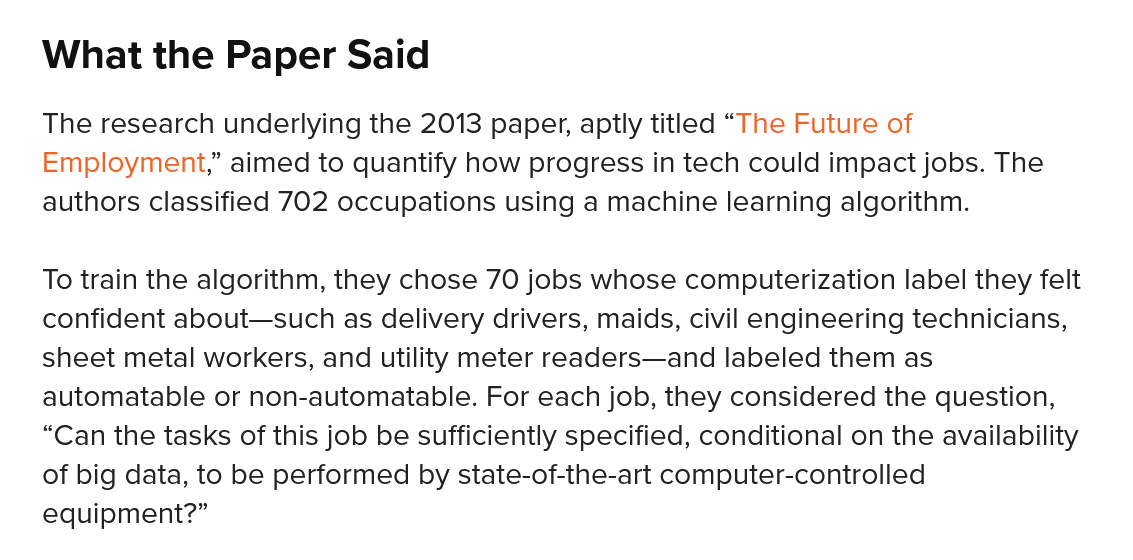
What   the    Paper Said
    To train the algorithm, they chose 70 jobs whose computerization label they felt
    confident about—such as delivery drivers, maids, civil engineering technicians,
    sheet metal workers, and utility meter readers—and labeled them as
    automatable or non-automatable. For each job, they considered the question,
    “Can the tasks of this job be sufficiently specified, conditional on the availability
    of big data, to be performed by state-of-the-art computer-controlled
    equipment?”
    The research underlying the 2013 paper, aptly titled “The Future of
    Employment,” aimed to quantify how progress in tech could impact jobs. The
    authors classified 702 occupations using a machine learning algorithm.